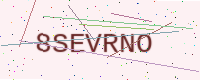
Text: 8SEVRNO